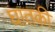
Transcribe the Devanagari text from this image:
घातकी